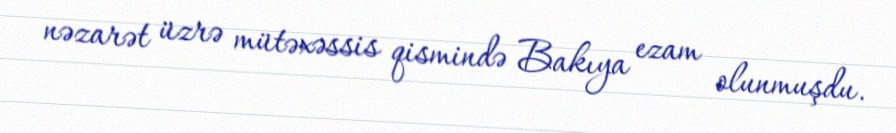
nəzarət üzrə mütəxəssis qismində Bakıya ezam olunmuşdu.